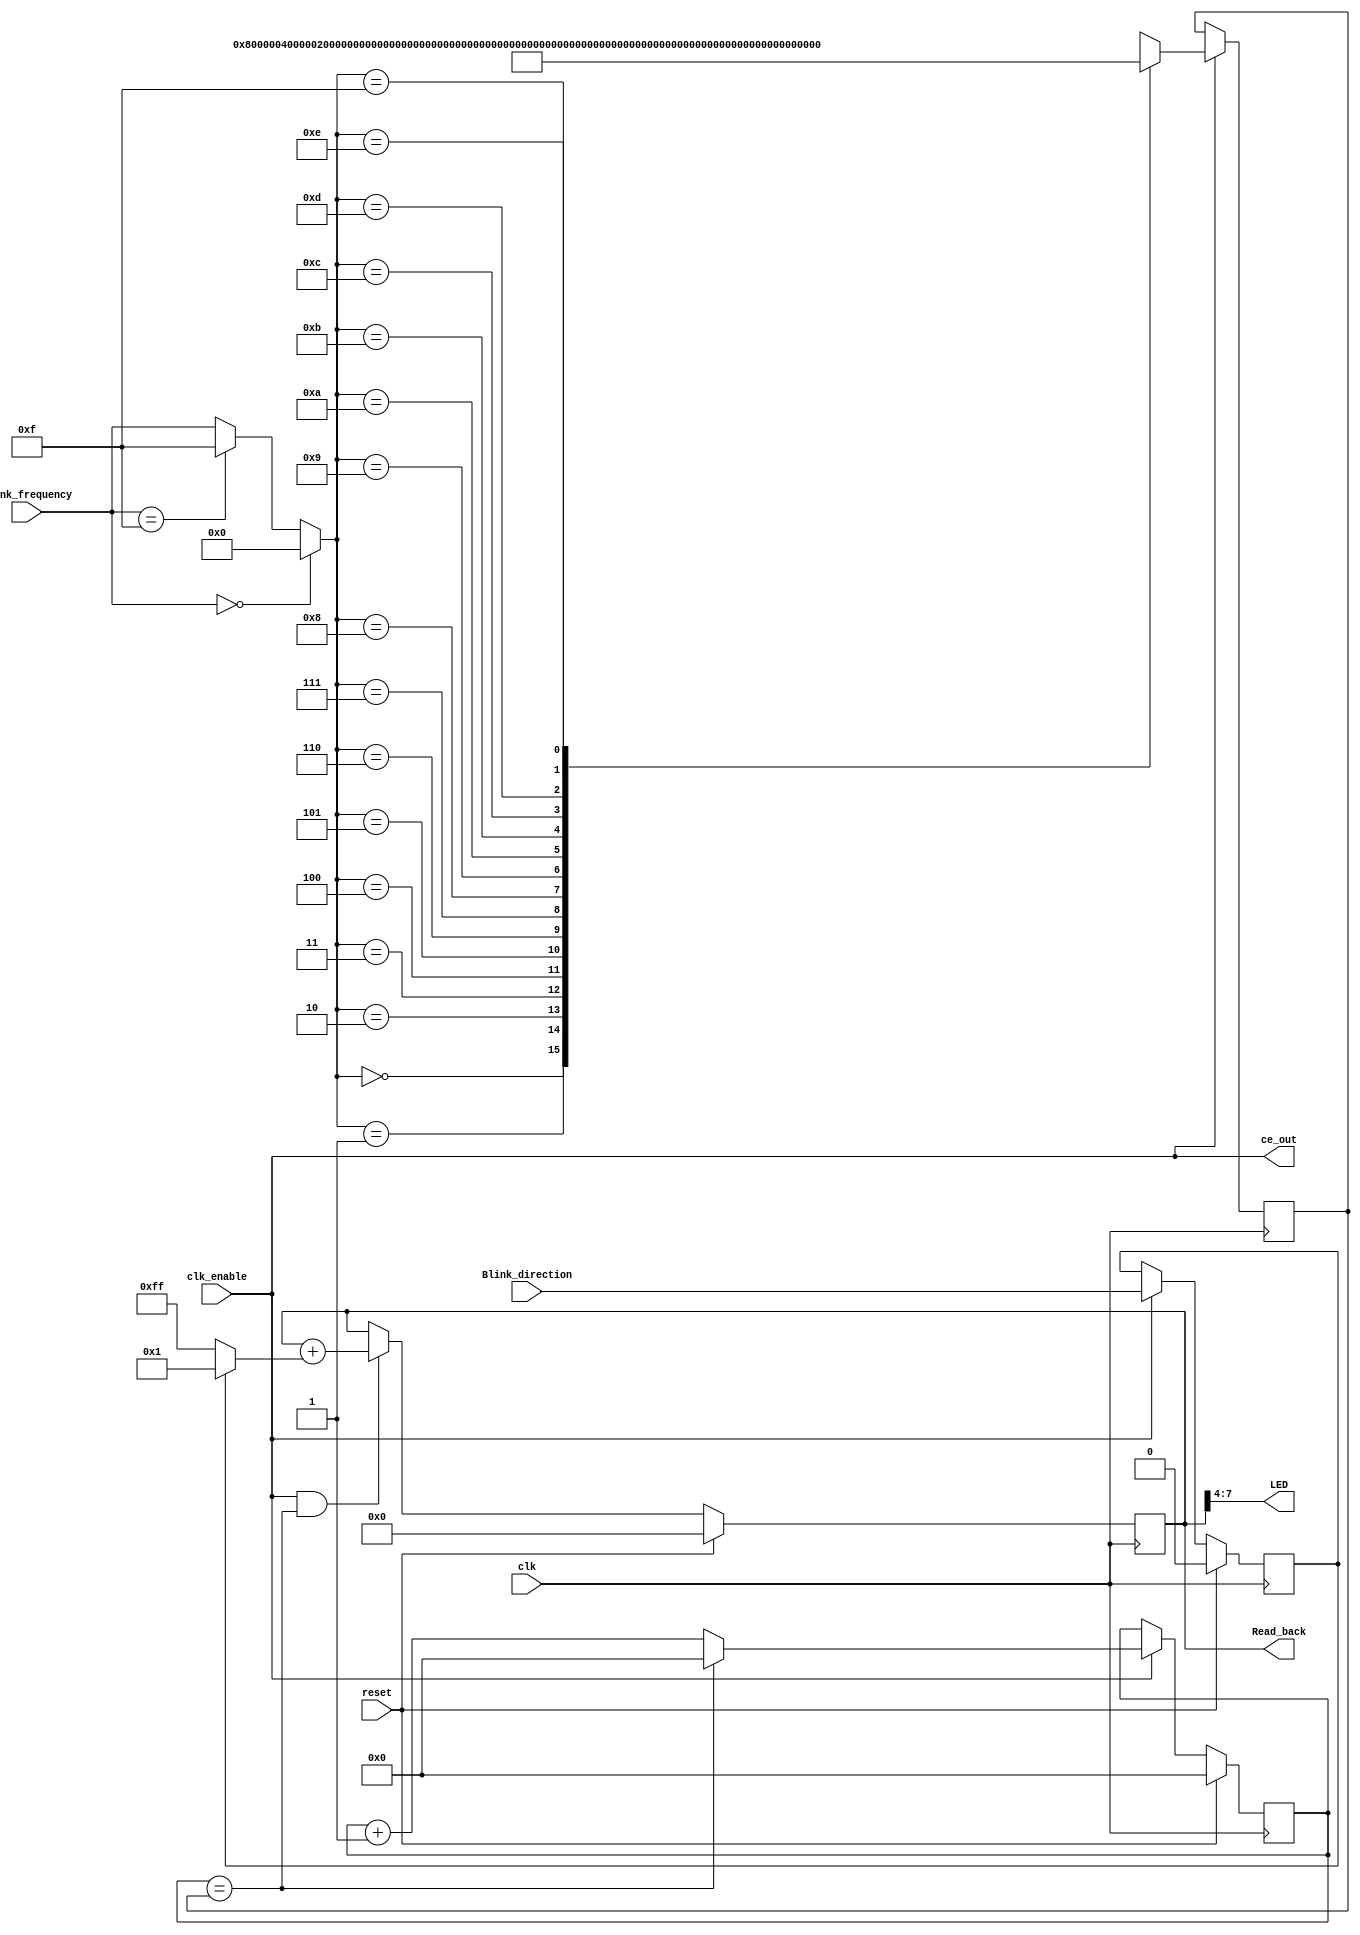
// -------------------------------------------------------------
// 
// 
// Generated by MATLAB 9.8 and HDL Coder 3.16
// 
// 
// -- -------------------------------------------------------------
// -- Rate and Clocking Details
// -- -------------------------------------------------------------
// Model base rate: 0.001
// Target subsystem base rate: 0.001
// 
// 
// Clock Enable  Sample Time
// -- -------------------------------------------------------------
// ce_out        0.001
// -- -------------------------------------------------------------
// 
// 
// Output Signal                 Clock Enable  Sample Time
// -- -------------------------------------------------------------
// LED                           ce_out        0.001
// Read_back                     ce_out        0.001
// -- -------------------------------------------------------------
// 
// -------------------------------------------------------------


// -------------------------------------------------------------
// 
// Module: led_count_ip_src_led_counter
// Source Path: hdlcoder_led_blinking_4bit/led_counter
// Hierarchy Level: 0
// 
// -------------------------------------------------------------

`timescale 1 ns / 1 ns

module led_count_ip_src_led_counter
          (clk,
           reset,
           clk_enable,
           Blink_frequency,
           Blink_direction,
           ce_out,
           LED,
           Read_back);


  input   clk;
  input   reset;
  input   clk_enable;
  input   [3:0] Blink_frequency;  // ufix4
  input   Blink_direction;
  output  ce_out;
  output  [3:0] LED;  // ufix4
  output  [7:0] Read_back;  // uint8


  wire enb;
  reg  Blink_direction_1;
  wire [3:0] alpha1_D_Lookup_Table_k;  // ufix4
  wire [23:0] alpha1_D_Lookup_Table_1 [0:15];  // ufix24 [16]
  wire [23:0] alpha1_D_Lookup_Table_out1;  // ufix24
  reg [23:0] alpha1_D_Lookup_Table_out1_1;  // ufix24
  wire Relational_Operator_relop1;
  reg [23:0] HDL_Counter1_out1;  // ufix24
  wire Relational_Operator_out1;
  reg [7:0] HDL_Counter_count;  // ufix8
  wire [7:0] HDL_Counter_count_next;  // ufix8
  wire [7:0] HDL_Counter_count_step;  // ufix8
  wire [7:0] HDL_Counter_out1;  // uint8
  wire [3:0] Bit_Slice_out1;  // ufix4

  initial begin
    alpha1_D_Lookup_Table_out1_1 = 24'b000000000000000000000000;
  end
  // Output only the 4 MSB of the counter


  assign enb = clk_enable;

  always @(posedge clk)
    begin : delayMatch_process
      if (reset == 1'b1) begin
        Blink_direction_1 <= 1'b0;
      end
      else begin
        if (enb) begin
          Blink_direction_1 <= Blink_direction;
        end
      end
    end



  assign alpha1_D_Lookup_Table_1[0] = 24'b100000000000000000000000;
  assign alpha1_D_Lookup_Table_1[1] = 24'b010000000000000000000000;
  assign alpha1_D_Lookup_Table_1[2] = 24'b001000000000000000000000;
  assign alpha1_D_Lookup_Table_1[3] = 24'b000100000000000000000000;
  assign alpha1_D_Lookup_Table_1[4] = 24'b000010000000000000000000;
  assign alpha1_D_Lookup_Table_1[5] = 24'b000001000000000000000000;
  assign alpha1_D_Lookup_Table_1[6] = 24'b000000100000000000000000;
  assign alpha1_D_Lookup_Table_1[7] = 24'b000000010000000000000000;
  assign alpha1_D_Lookup_Table_1[8] = 24'b000000001000000000000000;
  assign alpha1_D_Lookup_Table_1[9] = 24'b000000000100000000000000;
  assign alpha1_D_Lookup_Table_1[10] = 24'b000000000010000000000000;
  assign alpha1_D_Lookup_Table_1[11] = 24'b000000000001000000000000;
  assign alpha1_D_Lookup_Table_1[12] = 24'b000000000000100000000000;
  assign alpha1_D_Lookup_Table_1[13] = 24'b000000000000010000000000;
  assign alpha1_D_Lookup_Table_1[14] = 24'b000000000000001000000000;
  assign alpha1_D_Lookup_Table_1[15] = 24'b000000000000000100000000;
  assign alpha1_D_Lookup_Table_k = (Blink_frequency == 4'b0000 ? 4'b0000 :
              (Blink_frequency == 4'b1111 ? 4'b1111 :
              Blink_frequency));
  assign alpha1_D_Lookup_Table_out1 = alpha1_D_Lookup_Table_1[alpha1_D_Lookup_Table_k];


  always @(posedge clk)
    begin : PipelineRegister_process
      if (enb) begin
        alpha1_D_Lookup_Table_out1_1 <= alpha1_D_Lookup_Table_out1;
      end
    end



  // Free running, Unsigned Counter
  //  initial value   = 0
  //  step value      = 1
  always @(posedge clk)
    begin : HDL_Counter1_process
      if (reset == 1'b1) begin
        HDL_Counter1_out1 <= 24'b000000000000000000000000;
      end
      else begin
        if (enb) begin
          if (Relational_Operator_relop1 == 1'b1) begin
            HDL_Counter1_out1 <= 24'b000000000000000000000000;
          end
          else begin
            HDL_Counter1_out1 <= HDL_Counter1_out1 + 24'b000000000000000000000001;
          end
        end
      end
    end


  assign Relational_Operator_relop1 = HDL_Counter1_out1 == alpha1_D_Lookup_Table_out1_1;


  assign Relational_Operator_out1 = Relational_Operator_relop1;

  // Free running, Unsigned Counter
  //  initial value   = 0
  //  step value      = 1
  always @(posedge clk)
    begin : HDL_Counter_process
      if (reset == 1'b1) begin
        HDL_Counter_count <= 8'b00000000;
      end
      else begin
        if (enb && Relational_Operator_out1) begin
          HDL_Counter_count <= HDL_Counter_count_next;
        end
      end
    end

  assign HDL_Counter_out1 = HDL_Counter_count;
  assign HDL_Counter_count_step = (Blink_direction_1 == 1'b1 ? 8'b00000001 :
              8'b11111111);
  assign HDL_Counter_count_next = HDL_Counter_count + HDL_Counter_count_step;


  assign Bit_Slice_out1 = HDL_Counter_out1[7:4];


  assign LED = Bit_Slice_out1;

  assign Read_back = HDL_Counter_out1;

  assign ce_out = clk_enable;

endmodule  // led_count_ip_src_led_counter